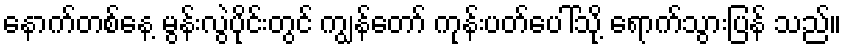
နောက်တစ်နေ့ မွန်းလွဲပိုင်းတွင် ကျွန်တော် ကုန်းပတ်ပေါ်သို့ ရောက်သွားပြန် သည်။